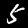
Label: 5